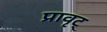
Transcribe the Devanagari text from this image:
प्रावृट्